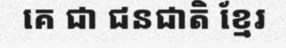
គេ ជា ជនជាតិ ខ្មែរ